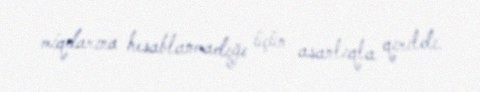
miqdarına hesablanmadığı üçün asanlıqla qırıldı.